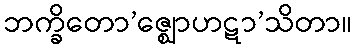
ဘက္ခိတော’ဇ္ဈောဟဋာ’သိတာ။